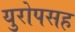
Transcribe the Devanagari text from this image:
युरोपसह